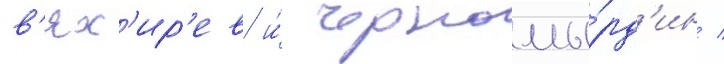
в'ях'ир'ев и́ черномы́рд'ин /